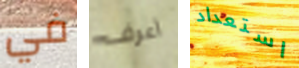
في أعرف استعداد